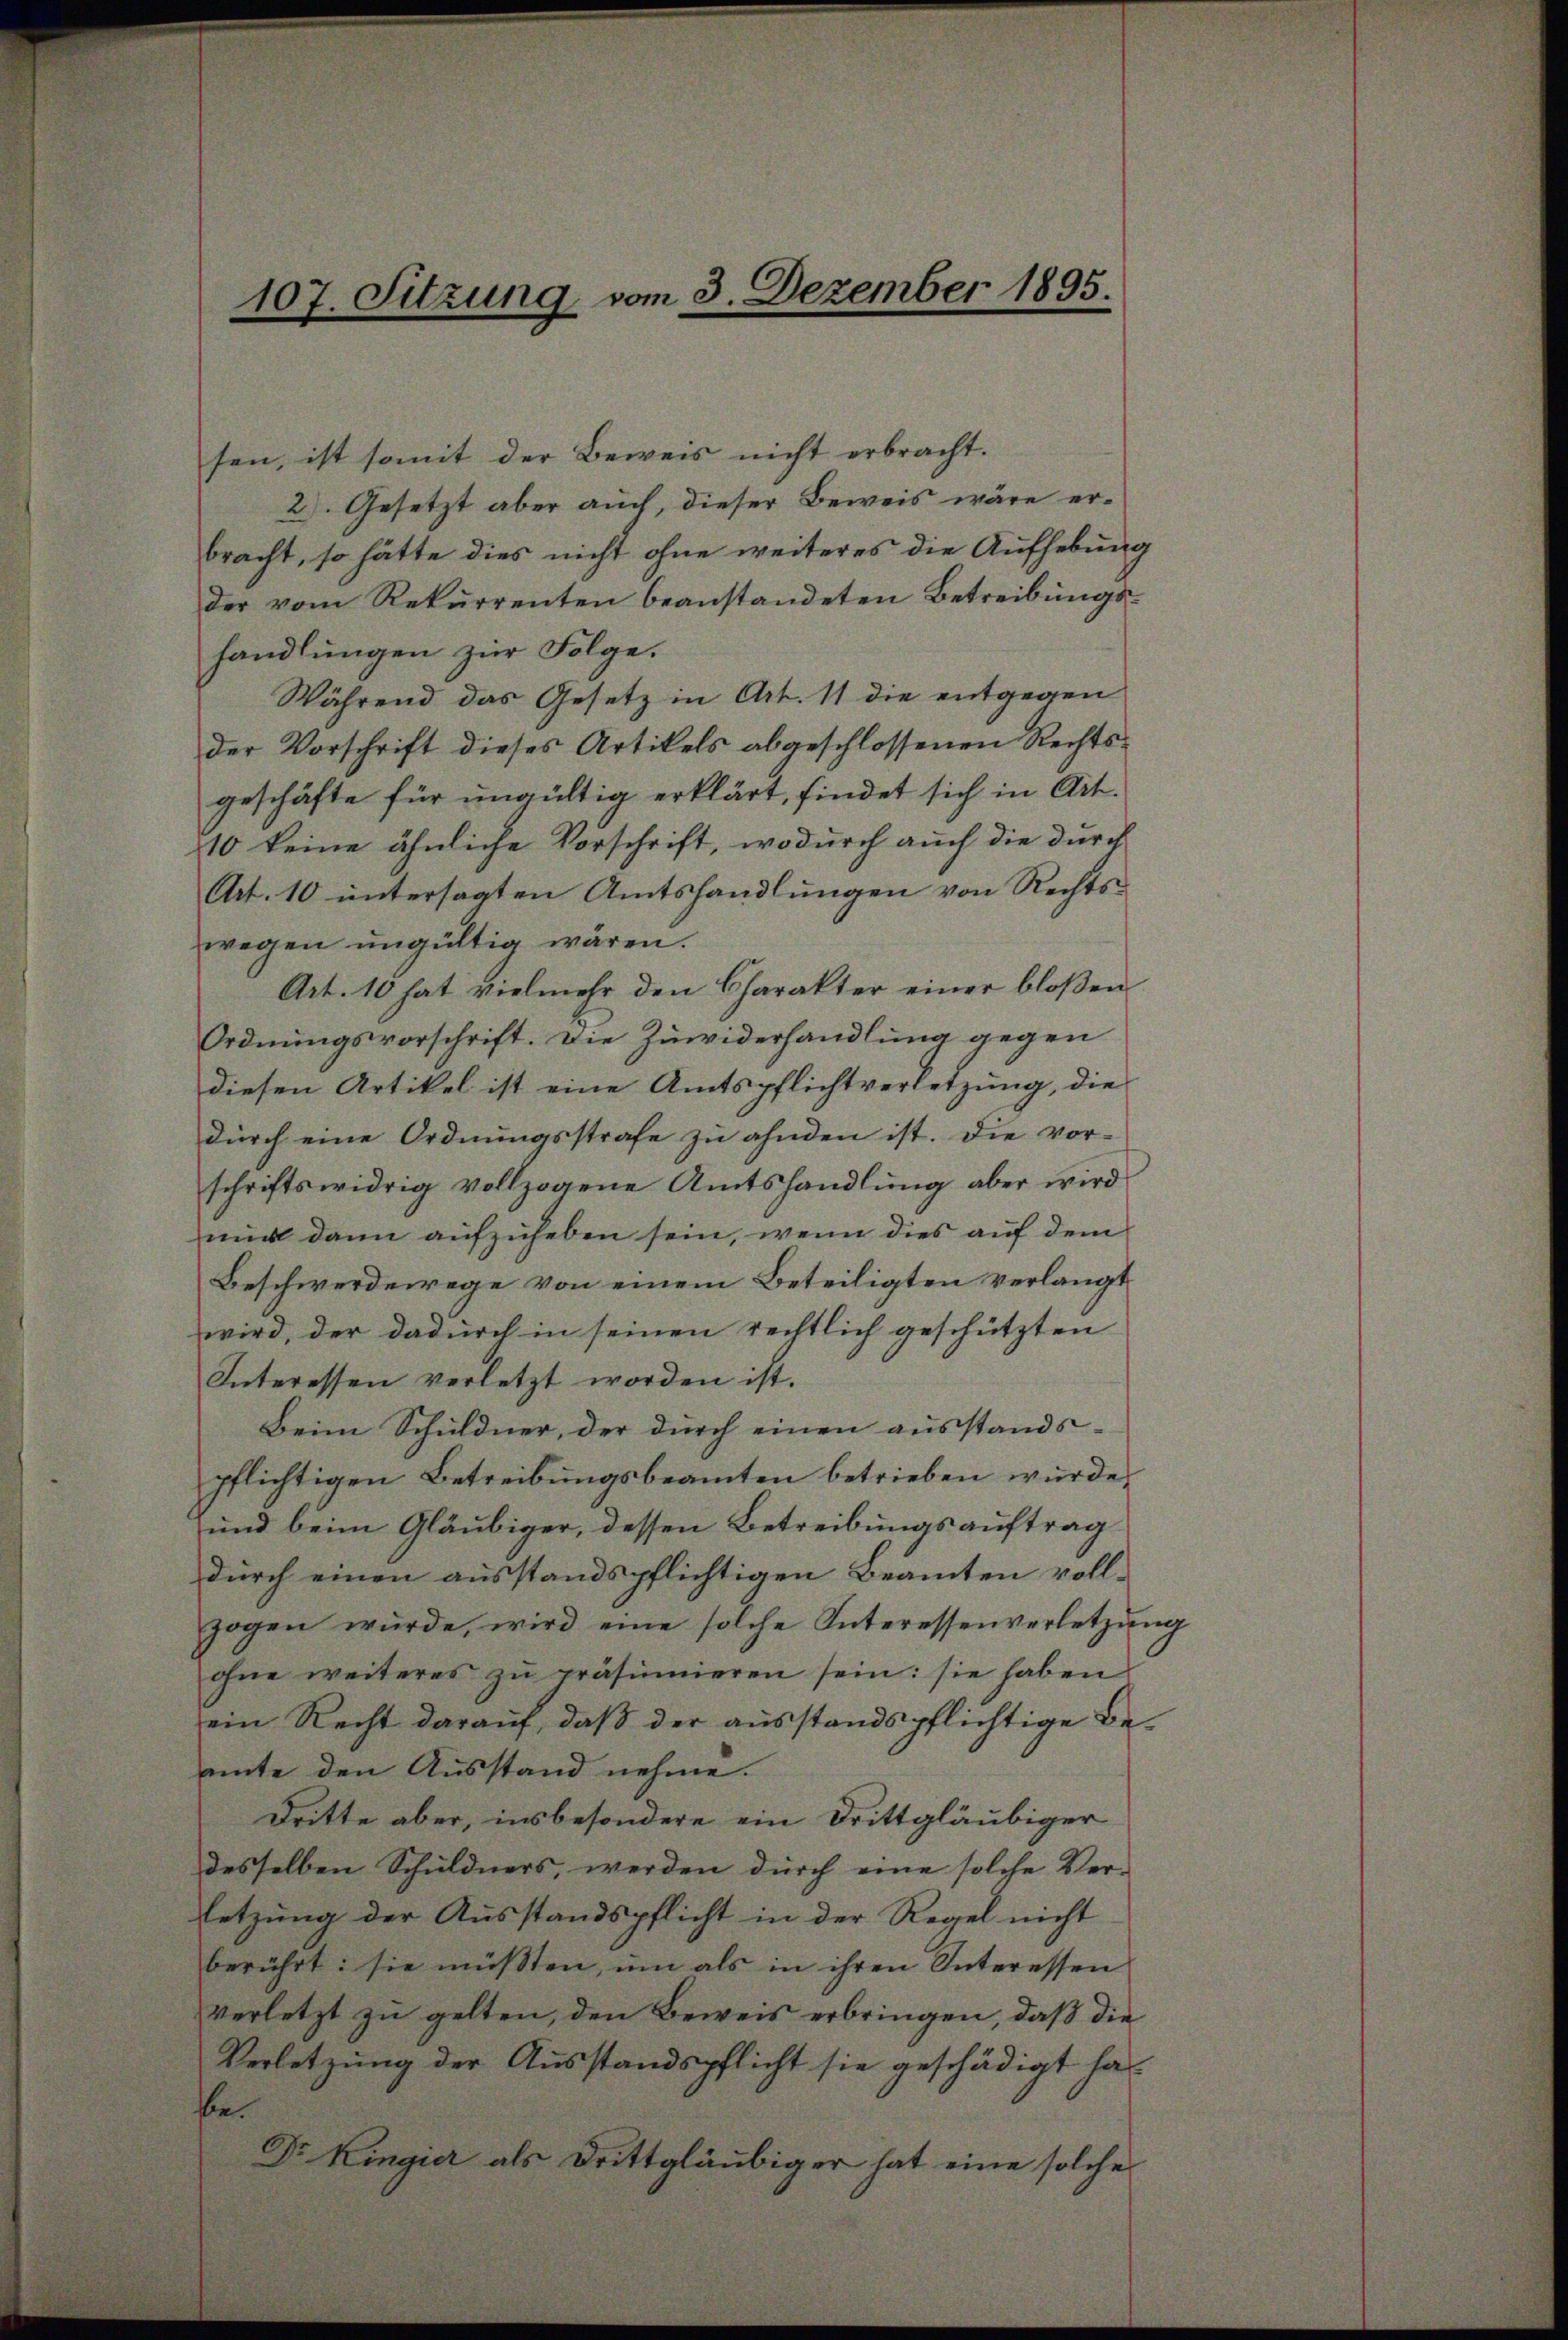
sen, ist somit der Beweis nicht erbracht.
2). Gesetzt aber auch, dieser Beweis wäre erbracht, so hätte dies nicht ohne weiteres die Aufhebung
der vom Rekurrenten beanstandeten Betreibungs-
handlungen zur Folge.
Während das Gesetz in Art. 11 die entgegen
der Vorschrift dieses Artikels abgeschlossenen Rechtsgeschäfte für ungültig erklärt, findet sich in Art.
10 keine ähnliche Vorschrift, wodurch auch die durch
Art. 10 untersagten Amtshandlungen von Rechtswegen ungültig wären.
Art. 10 hat vielmehr den Charakter einer bloßen
Ordnungsvorschrift. Die Zuwiderhandlung gegen
diesen Artikel ist eine Amtspflichtverletzung, die
dŭrch eine Ordnŭngsstrafe zŭ ahnden ist. Die vor-
schriftswidrig vollzogene Amtshandlung aber wird
mich dann aufzuheben sein, wenn dies auf dem
Beschwerdewege von einem Beteiligten verlangt
wird, der dadurch in seinen rechtlich geschützten
Interessen verletzt worden ist.
Beim Schuldner, der dŭrch einen aŭsstands-
pflichtigen Betreibungsbeamten betrieben würde.
und beim Gläubiger, dessen Betreibungsauftrag
durch einen ausstandspflichtigen Beamten vollzogen wurde, wird eine solche Interessenverletzung
ohne weiteres zŭ präsidieren sein: sie haben
ein Recht darauf, daß der ausstandspflichtige Beamte den Ausstand nehme.
Dritte aber, insbesondere ein Drittgläubiger
desselben Schuldners, werden durch eine solche Ver-
letzung der Ausstandspflicht in der Regel nicht
berührt: sie müssten, um als in ihren Interessen
verletzt zu gelten, den Beweis erbringen, daß die
Verletzung der Ausstandspflicht sie geschädigt habe.
Dr. Kingier als Drittgläubiger hat eine solche

107. Sitzung, vom 3. Dezember 1895.